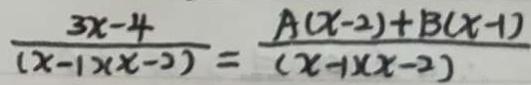
\frac { 3 x - 4 } { ( x - 1 ) ( x - 2 ) } = \frac { A ( x - 2 ) + B ( x - 1 ) } { ( x - 1 ) ( x - 2 ) }